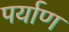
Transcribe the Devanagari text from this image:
पर्याण